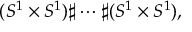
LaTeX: ( S ^ { 1 } \times S ^ { 1 } ) \sharp \cdots \sharp ( S ^ { 1 } \times S ^ { 1 } ) ,